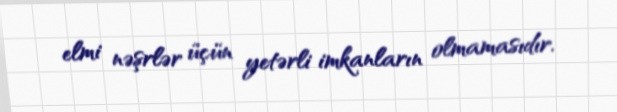
elmi nəşrlər üçün yetərli imkanların olmamasıdır.